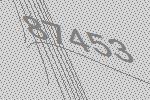
87453